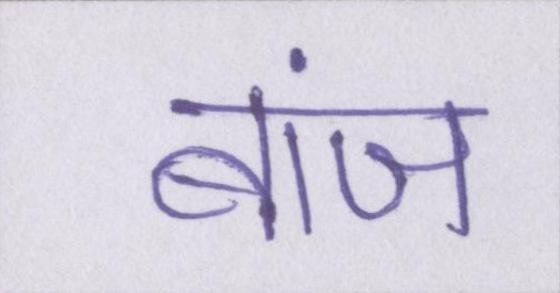
बांज